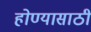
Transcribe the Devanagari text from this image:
होण्‍यासाठी